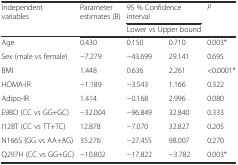
<table><thead><tr><td rowspan="2"><b>Independent variables</b></td><td rowspan="2"><b>Parameter estimates (B)</b></td><td colspan="2"><b>95 % Confidence interval</b></td><td rowspan="2"><b><i>P</i></b></td></tr><tr><td colspan="2"><b>Lower vs Upper bound</b></td></tr></thead><tbody><tr><td>Age</td><td>0.430</td><td>0.150</td><td>0.710</td><td>0.003*</td></tr><tr><td>Sex (male vs female)</td><td>−7.279</td><td>−43.699</td><td>29.141</td><td>0.695</td></tr><tr><td>BMI</td><td>1.448</td><td>0.636</td><td>2.261</td><td>&lt;0.0001*</td></tr><tr><td>HOMA-IR</td><td>−1.189</td><td>−3.543</td><td>1.166</td><td>0.322</td></tr><tr><td>Adipo-IR</td><td>1.414</td><td>−0.168</td><td>2.996</td><td>0.080</td></tr><tr><td>E98D (CC vs GG+GC)</td><td>−32.004</td><td>−96.849</td><td>32.840</td><td>0.333</td></tr><tr><td>I128T (CC vs TT+TC)</td><td>12.878</td><td>−7.070</td><td>32.827</td><td>0.205</td></tr><tr><td>N166S (GG vs AA+AG)</td><td>35.276</td><td>−27.455</td><td>98.007</td><td>0.270</td></tr><tr><td>Q297H (CC vs GG+GC)</td><td>−10.802</td><td>−17.822</td><td>−3.782</td><td>0.003*</td></tr></tbody></table>